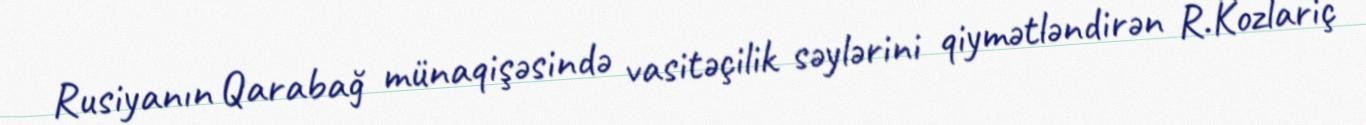
Rusiyanın Qarabağ münaqişəsində vasitəçilik səylərini qiymətləndirən R.Kozlariç